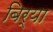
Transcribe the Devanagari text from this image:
बिर्‍या